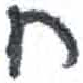
אות: ח